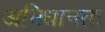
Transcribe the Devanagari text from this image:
अभिधानतः